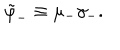
LaTeX: \tilde { \varphi } _ { - } \equiv \mu _ { - } \gamma _ { - } .